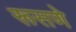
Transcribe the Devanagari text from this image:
रूसणे